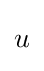
{\begin{aligned}u\end{aligned}}